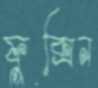
ফুক্সিন